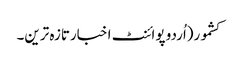
کشمور(اُردو پوائنٹ اخبارتازہ ترین۔